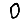
Digit: 0